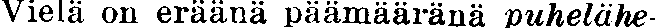
Vielä on eräänä päämääränä puhelähe-